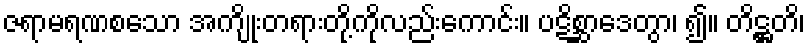
ဇရာမရဏစသော အကျိုးတရားတို့ကိုလည်းကောင်း။ ပဋိစ္ဆာဒေတွာ၊ ၍။ တိဋ္ဌတိ၊